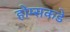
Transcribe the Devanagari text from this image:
होम्सकडे